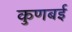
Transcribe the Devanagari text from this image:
कुणबई